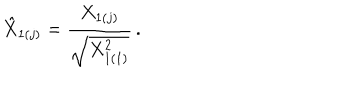
\hat { X } _ { 1 ( j ) } = \displaystyle { \frac { X _ { 1 ( j ) } } { \sqrt { X _ { 1 ( 1 ) } ^ { 2 } } } } \, .